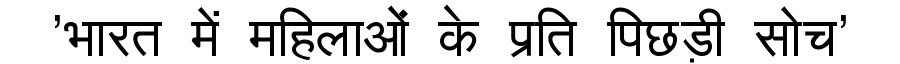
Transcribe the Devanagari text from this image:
'भारत में महिलाओं के प्रति पिछड़ी सोच'